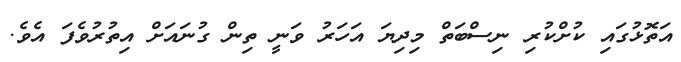
އަތޮޅުގައި ކުށްކުރި ނިސްބަތް މިދިޔަ އަހަރު ވަނީ ތިން ގުނައަށް އިތުރުވެފަ އެވެ.